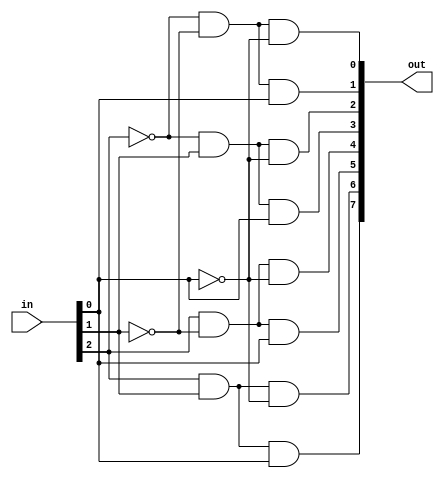
//////  BLG242E LOGIC CIRCUITS LABORATORY   //////
////////////////    SPRING 2023   ////////////////
////////////   150200054 - ASLI YEL   ////////////
/////   150190028 - SEVIM EFTAL AKSEHIRLI   //////


//////////// 3 TO 8 DECODER ////////////

module decoder_3to8 (in, out);
    input   wire[2:0]    in;
    output  wire[7:0]    out;
    
    assign  out[0] = ~in[2] & ~in[1] & ~in[0],
            out[1] = ~in[2] & ~in[1] & in[0],
            out[2] = ~in[2] & in[1] & ~in[0],
            out[3] = ~in[2] & in[1] & in[0],
            out[4] = in[2] & ~in[1] & ~in[0],
            out[5] = in[2] & ~in[1] & in[0],
            out[6] = in[2] & in[1] & ~in[0],
            out[7] = in[2] & in[1] & in[0];
endmodule


//////////// 2 TO 4 DECODER ////////////

module decoder_2to4 (in, out);
    input   wire[1:0]    in;
    output  wire[3:0]    out;
    
    assign  out[0] = ~in[1] & ~in[0],
            out[1] = ~in[1] & in[0],
            out[2] = in[1] & ~in[0],
            out[3] = in[1] & in[0];
endmodule


//////////// THREE STATE BUFFER (8 BITS) ////////////

module three_state_buffer (in, en, out);
    input   wire[7:0]   in;
    input   wire        en;
    output  wire[7:0]   out;
    
    assign out = en ? in : 8'bZ;
endmodule


//////////// PART1 ////////////

module part1 (data_in1, data_in2, select, data_out);
    input   wire[7:0]   data_in1, data_in2;
    input   wire        select;
    output  wire[7:0]   data_out;
            
    three_state_buffer  BUFF0 (.in(data_in1), .en(~select), .out(data_out));
    three_state_buffer  BUFF1 (.in(data_in2), .en(select), .out(data_out));
endmodule


//////////// PART2 ////////////

module part2 (data_in1, data_in2, select, data_out1, data_out2);
    input   wire[7:0]   data_in1, data_in2;
    input   wire        select;
    output  wire[7:0]   data_out1, data_out2;
            wire[7:0]   bus;
    
    three_state_buffer  BUFF0 (.in(data_in1), .en(~select), .out(bus));
    three_state_buffer  BUFF1 (.in(data_in2), .en(select), .out(bus));
    
    three_state_buffer  BUFF2 (.in(bus), .en(~select), .out(data_out1));
    three_state_buffer  BUFF3 (.in(bus), .en(select), .out(data_out2));
endmodule


//////////// PART3 ////////////

module part3 (data_in, reset, line_select, read_en, write_en, clock, data_out);
    input   wire[7:0]   data_in;
    input   wire        reset, line_select, read_en, write_en, clock;
    output  wire[7:0]   data_out;
            reg[7:0]    mem_line;
    
    always @(posedge clock or negedge reset) begin
        if(!reset) begin
            mem_line <= 8'b0;
        end
        else begin
            if (write_en && line_select) begin
                mem_line <= data_in;
            end
        end     
    end
    
    three_state_buffer BUFFER (.in(mem_line), .en(read_en && line_select), .out(data_out));
endmodule



//////////// PART4 ////////////

module part4 (data_in, address, chip_select, reset, read_en, write_en, clock, data_out);
    input   wire[7:0]   data_in;
    input   wire[2:0]   address;
    input   wire        chip_select, reset, read_en, write_en, clock;
    output  wire[7:0]   data_out;
            wire[7:0]   address_num_select, line_select;
    
    decoder_3to8 ADDRESS_DEC (.in(address), .out(address_num_select));
    
    assign  line_select[0] = chip_select && address_num_select[0],
            line_select[1] = chip_select && address_num_select[1],
            line_select[2] = chip_select && address_num_select[2],
            line_select[3] = chip_select && address_num_select[3],
            line_select[4] = chip_select && address_num_select[4],
            line_select[5] = chip_select && address_num_select[5],
            line_select[6] = chip_select && address_num_select[6],
            line_select[7] = chip_select && address_num_select[7];
    
    part3 MEM_LINE0 (.data_in(data_in), .reset(reset), .line_select(line_select[0]),
        .read_en(read_en), .write_en(write_en), .clock(clock), .data_out(data_out));
        
    part3 MEM_LINE1 (.data_in(data_in), .reset(reset), .line_select(line_select[1]),
        .read_en(read_en), .write_en(write_en), .clock(clock), .data_out(data_out));
        
    part3 MEM_LINE2 (.data_in(data_in), .reset(reset), .line_select(line_select[2]),
        .read_en(read_en), .write_en(write_en), .clock(clock), .data_out(data_out));
        
    part3 MEM_LINE3 (.data_in(data_in), .reset(reset), .line_select(line_select[3]),
        .read_en(read_en), .write_en(write_en), .clock(clock), .data_out(data_out));
        
    part3 MEM_LINE4 (.data_in(data_in), .reset(reset), .line_select(line_select[4]),
        .read_en(read_en), .write_en(write_en), .clock(clock), .data_out(data_out));
        
    part3 MEM_LINE5 (.data_in(data_in), .reset(reset), .line_select(line_select[5]),
        .read_en(read_en), .write_en(write_en), .clock(clock), .data_out(data_out));
        
    part3 MEM_LINE6 (.data_in(data_in), .reset(reset), .line_select(line_select[6]),
        .read_en(read_en), .write_en(write_en), .clock(clock), .data_out(data_out));
        
    part3 MEM_LINE7 (.data_in(data_in), .reset(reset), .line_select(line_select[7]),
        .read_en(read_en), .write_en(write_en), .clock(clock), .data_out(data_out));    
endmodule


//////////// PART5 ////////////

module part5 (data_in, address, reset, read_en, write_en, clock, data_out);
    input   wire[7:0]   data_in;
    input   wire[4:0]   address;
    input   wire        reset, read_en, write_en, clock;
    output  wire[7:0]   data_out;
            wire[3:0]   chip_select;
            
    decoder_2to4 CHIP_SLCT_DEC (.in(address[4:3]), .out(chip_select));
    
    part4 MEM0_8BYTE (.data_in(data_in), .address(address[2:0]), .chip_select(chip_select[0]), .reset(reset),
            .read_en(read_en), .write_en(write_en), .clock(clock), .data_out(data_out));
    
    part4 MEM1_8BYTE (.data_in(data_in), .address(address[2:0]), .chip_select(chip_select[1]), .reset(reset),
            .read_en(read_en), .write_en(write_en), .clock(clock), .data_out(data_out));
    
    part4 MEM2_8BYTE (.data_in(data_in), .address(address[2:0]), .chip_select(chip_select[2]), .reset(reset),
            .read_en(read_en), .write_en(write_en), .clock(clock), .data_out(data_out));
                            
    part4 MEM3_8BYTE (.data_in(data_in), .address(address[2:0]), .chip_select(chip_select[3]), .reset(reset),
            .read_en(read_en), .write_en(write_en), .clock(clock), .data_out(data_out));
endmodule


//////////// PART6 ////////////

module part6 (data_in, address, reset, read_en, write_en, clock, data_out);
    input   wire[31:0]  data_in;
    input   wire[4:0]   address;
    input   wire        reset, read_en, write_en, clock;
    output  wire[31:0]  data_out;
    
    part5 MEM_highest_8bits (.data_in(data_in[31:24]), .address(address), .reset(reset),
        .read_en(read_en), .write_en(write_en), .clock(clock), .data_out(data_out[31:24]));
        
    part5 MEM_second_8bits (.data_in(data_in[23:16]), .address(address), .reset(reset),
        .read_en(read_en), .write_en(write_en), .clock(clock), .data_out(data_out[23:16]));
            
    part5 MEM_third_8bits (.data_in(data_in[15:8]), .address(address), .reset(reset),
        .read_en(read_en), .write_en(write_en), .clock(clock), .data_out(data_out[15:8]));
                
    part5 MEM_lowest_8bits (.data_in(data_in[7:0]), .address(address), .reset(reset),
        .read_en(read_en), .write_en(write_en), .clock(clock), .data_out(data_out[7:0]));
endmodule